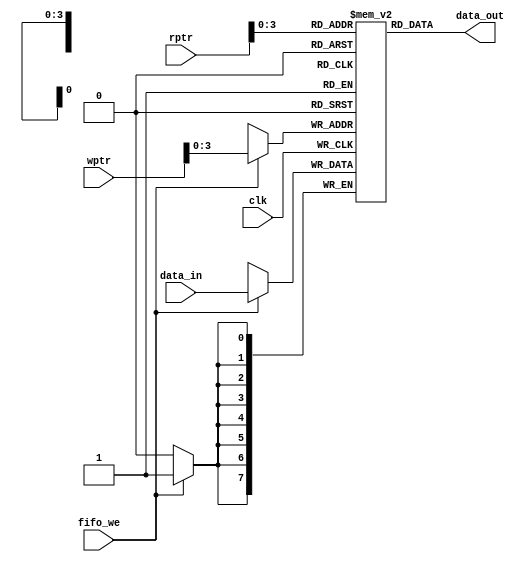
module memory_array(data_out, data_in, clk,fifo_we, wptr,rptr);  
  input[7:0] data_in;  
  input clk,fifo_we;  
  input[4:0] wptr,rptr;  
  output[7:0] data_out;  
  reg[7:0] data_out2[15:0];  
  wire[7:0] data_out;  
  always @(posedge clk)  
  begin  
   if(fifo_we)   
      data_out2[wptr[3:0]] <=data_in ;  
  end  
  assign data_out = data_out2[rptr[3:0]];  
 endmodule